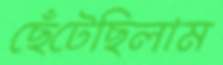
ছেঁটেছিলাম